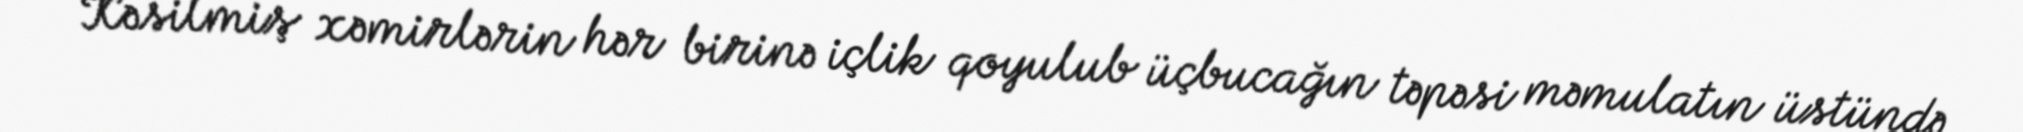
Kəsilmiş xəmirlərin hər birinə içlik qoyulub üçbucağın təpəsi məmulatın üstündə